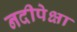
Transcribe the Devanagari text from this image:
नदीपेक्षा